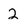
Character: 2